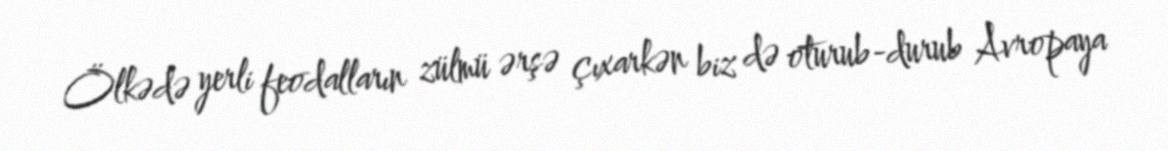
Ölkədə yerli feodalların zülmü ərşə çıxarkən biz də oturub-durub Avropaya